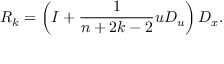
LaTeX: R _ { k } = \left( I + { \frac { 1 } { n + 2 k - 2 } } u D _ { u } \right) D _ { x } .